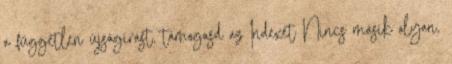
a független újságírást, támogasd az Indexet Nincs másik olyan,